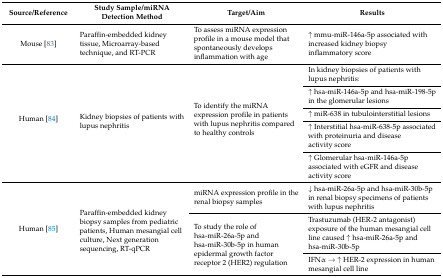
| Source/Reference | Study Sample/miRNA Detection Method | Target/Aim | Results |
 | --- | --- | --- | --- |
 | Mouse [83] | Paraffin-embedded kidney tissue, Microarray-based technique, and RT-PCR | To assess miRNA expression profile in a mouse model that spontaneously develops inflammation with age | ↑ mmu-miR-146a-5p associated with increased kidney biopsy inflammatory score |
 | <ROWSPAN=5> Human [84] | <ROWSPAN=5> Kidney biopsies of patients with lupus nephritis | <ROWSPAN=5> To identify the miRNA expression profile in patients with lupus nephritis compared to healthy controls | In kidney biopsies of patients with lupus nephritis: |
 | ↑ hsa-miR-146a-5p and hsa-miR-198-5p in the glomerular lesions |
 | ↑ miR-638 in tubulointerstitial lesions |
 | ↑ Interstitial hsa-miR-638-5p associated with proteinuria and disease activity score |
 | ↑ Glomerular hsa-miR-146a-5p associated with eGFR and disease activity score |
 | <ROWSPAN=3> Human [85] | <ROWSPAN=3> Paraffin-embedded kidney biopsy samples from pediatric patients, Human mesangial cell culture, Next generation sequencing, RT-qPCR | miRNA expression profile in the renal biopsy samples | ↓ hsa-miR-26a-5p and hsa-miR-30b-5p in renal biopsy specimens of patients with lupus nephritis |
 | <ROWSPAN=2> To study the role of hsa-miR-26a-5p and hsa-miR-30b-5p in human epidermal growth factor receptor 2 (HER2) regulation | Trastuzumab (HER-2 antagonist) exposure of the human mesangial cell line caused ↑ hsa-miR-26a-5p and hsa-miR-30b-5p |
 | IFNα → ↑ HER-2 expression in human mesangial cell line |